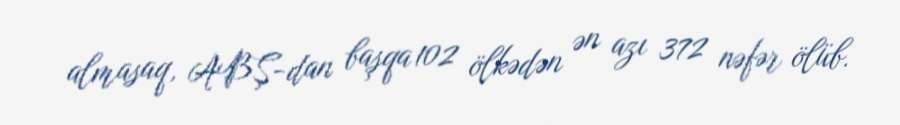
almasaq, ABŞ-dan başqa 102 ölkədən ən azı 372 nəfər ölüb.